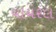
વાયરલ